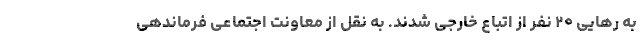
به رهایی ۲۰ نفر از اتباع خارجی شدند. به نقل از معاونت اجتماعی فرماندهی